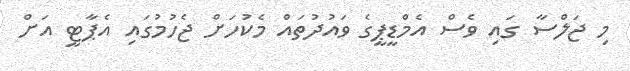
މި ޖަލްސާ ގައި ވެސް އެމްޑީޕީގެ ވައުދުތައް މެކުހަށް ޖެހުމުގައި އެޕާޓީ އަށް